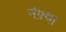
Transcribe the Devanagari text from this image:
नैफ़्था